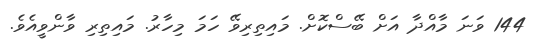
144 ވަނަ މާއްދާ އަށް ބޭސްކޮށް. މައިތިރިވޭ ހަމަ މިހާރު. މައިިތިރި ވާންވީއެވެ.